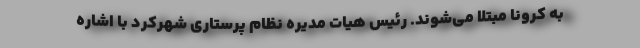
به کرونا مبتلا می‌شوند. رئیس هیات مدیره نظام پرستاری شهرکرد با اشاره